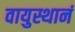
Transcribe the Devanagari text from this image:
वायुस्थानं